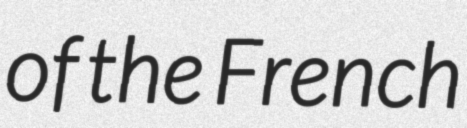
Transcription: of the French